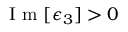
\mathrm { ~ I ~ m ~ } [ \epsilon _ { 3 } ] > 0